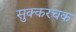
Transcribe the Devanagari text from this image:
सुक्करचक